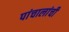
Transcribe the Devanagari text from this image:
पांचालांची